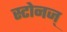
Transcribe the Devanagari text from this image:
स्टोनज्